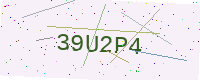
Text: 39U2P4